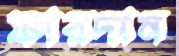
ফারদান